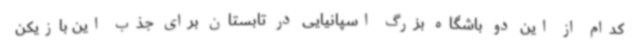
کدام از این دو باشگاه بزرگ اسپانیایی در تابستان برای جذب این بازیکن